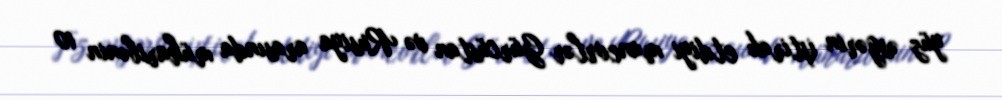
yüz əsgərin iştirak etdiyi manevrlər Gürcüstan və Rusiya arasında müharibənin 10